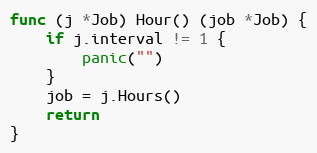
Language: Go
func (j *Job) Hour() (job *Job) {
	if j.interval != 1 {
		panic("")
	}
	job = j.Hours()
	return
}